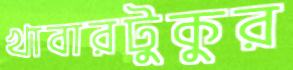
খাবারটুকুর